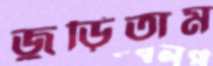
জুড়িতাম